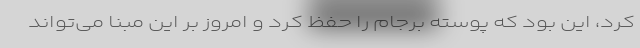
کرد، این بود که پوسته برجام را حفظ کرد و امروز بر این مبنا می‌تواند